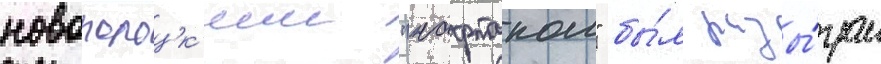
новополоцк'им "нафтаном" бы́л разы́гран